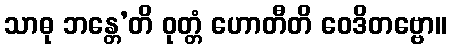
သာဓု ဘန္တေ’တိ ဝုတ္တံ ဟောတီတိ ဝေဒိတဗ္ဗော။